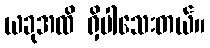
ယခုအထိ ရှိပါသေးတယ်။